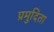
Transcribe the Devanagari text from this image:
प्रमुदिता